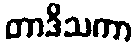
တာဒိသကာ